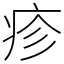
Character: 疹